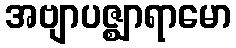
အဗျာပဇ္ဈာရာမော